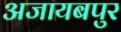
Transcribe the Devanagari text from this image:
अजायबपुर